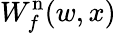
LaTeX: W_{f}^{\mathrm{n}}(w,x)